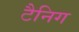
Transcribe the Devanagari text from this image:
टैनिग